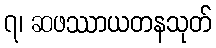
၇၊ ဆဖဿာယတနသုတ်